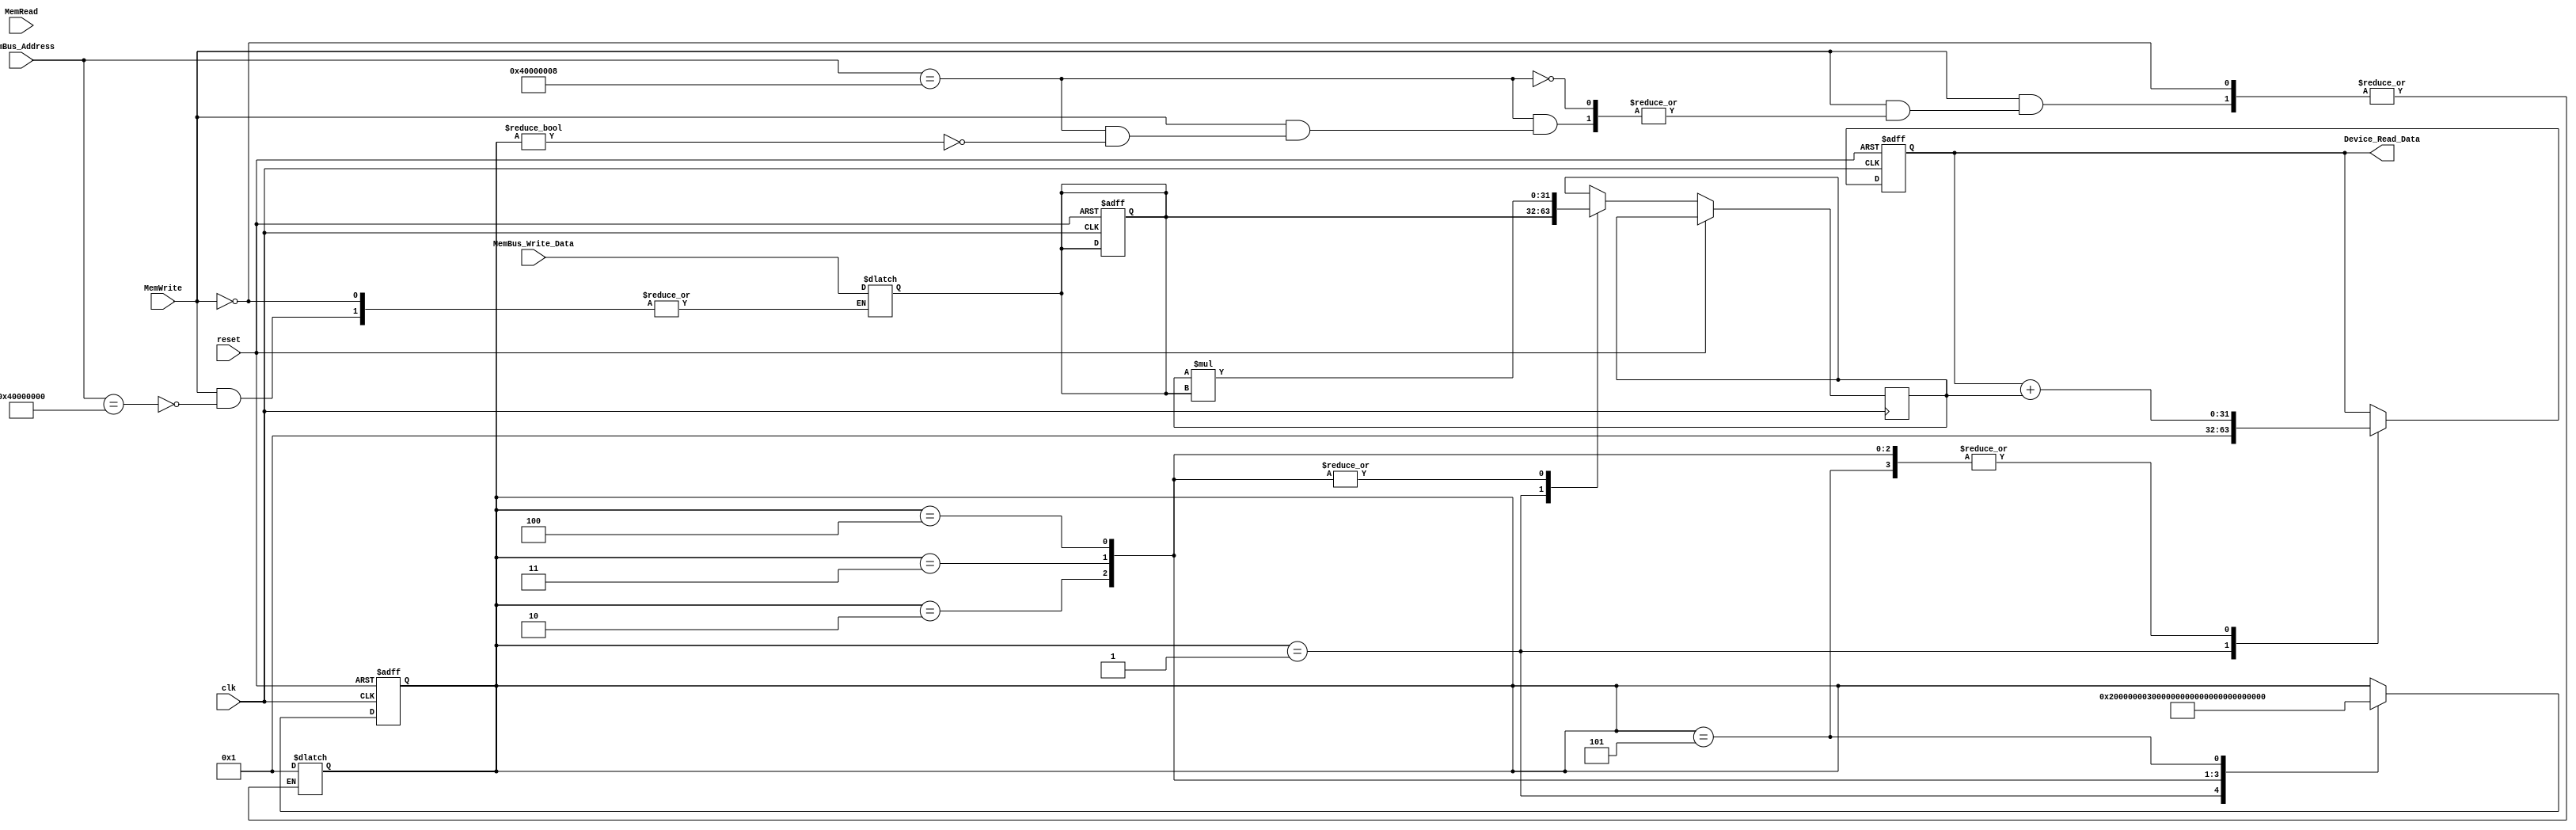
module Device(
	input  reset    , 
	input  clk      , 
	input  MemRead  , 
	input  MemWrite ,
	input  [32 -1:0] MemBus_Address     , 
	input  [32 -1:0] MemBus_Write_Data  , 
	output [32 -1:0] Device_Read_Data
);

	// device registers
	reg [31:0] reg_op;
	reg [31:0] reg_start;
	reg [31:0] reg_ans;
    
	// -------- Your code below (for question 3) --------
	always @(*)
        if(MemWrite == 1)
            case (MemBus_Address)
               32'h40000000: reg_op <= MemBus_Write_Data;
               32'h40000008: begin
                    reg_start <= MemBus_Write_Data;
                    if (reg_start != 0)
                        reg_start = 32'h00000001;
               end
            endcase
    

    assign Device_Read_Data = reg_ans;
        
    reg [31:0] t;
    always @(posedge reset or posedge clk)
        if (reset) begin
            reg_op <= 32'h00000000;
            reg_start <= 32'h00000000; 
            reg_ans <= 32'h00000000;
        end
        else begin
            case (reg_start)
                32'h00000001: begin
                    reg_ans <= 32'h00000001;
                    t <= reg_op;
                    reg_start <= 32'h00000002;
                end
                32'h00000002: begin 
                    reg_ans <= reg_ans + t;
                    t <= t * reg_op;
                    reg_start <= 32'h00000003;
                end
                32'h00000003: begin 
                    reg_ans <= reg_ans + t;
                    t <= t * reg_op;
                    reg_start <= 32'h00000004;
                end
                32'h00000004: begin 
                    reg_ans <= reg_ans + t;
                    t <= t * reg_op;
                    reg_start <= 32'h00000005;
                end
                32'h00000005: begin 
                    reg_ans <= reg_ans + t;
                    reg_start <= 32'h00000000;
                end
            endcase
        end
	
	// -------- Your code above (for question 3) --------

endmodule